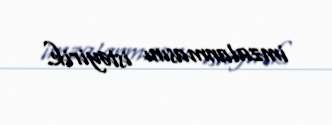
imzalanmasını istəyirik.